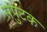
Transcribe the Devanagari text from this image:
संपुटक